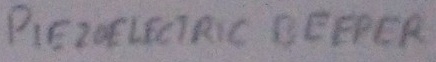
Text: PIEZO ELECTRIC BEEPER